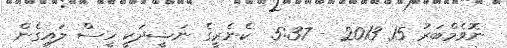
ނޮވެމްބަރު 15